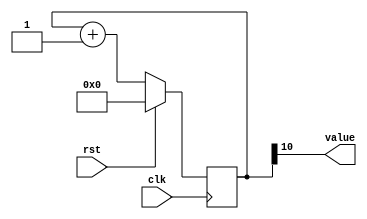
/*
   This file was generated automatically by Alchitry Labs version 1.2.1.
   Do not edit this file directly. Instead edit the original Lucid source.
   This is a temporary file and any changes made to it will be destroyed.
*/

/*
   Parameters:
     SIZE = 1
     DIV = SPEED
     TOP = 0
     UP = 1
*/
module counter_23 (
    input clk,
    input rst,
    output reg [0:0] value
  );
  
  localparam SIZE = 1'h1;
  localparam DIV = 4'ha;
  localparam TOP = 1'h0;
  localparam UP = 1'h1;
  
  
  reg [10:0] M_ctr_d, M_ctr_q = 1'h0;
  
  localparam MAX_VALUE = 11'h3ff;
  
  always @* begin
    M_ctr_d = M_ctr_q;
    
    value = M_ctr_q[10+0-:1];
    if (1'h1) begin
      M_ctr_d = M_ctr_q + 1'h1;
      if (1'h0 && M_ctr_q == 11'h3ff) begin
        M_ctr_d = 1'h0;
      end
    end else begin
      M_ctr_d = M_ctr_q - 1'h1;
      if (1'h0 && M_ctr_q == 1'h0) begin
        M_ctr_d = 11'h3ff;
      end
    end
  end
  
  always @(posedge clk) begin
    if (rst == 1'b1) begin
      M_ctr_q <= 1'h0;
    end else begin
      M_ctr_q <= M_ctr_d;
    end
  end
  
endmodule